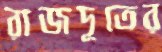
রাজদূতের